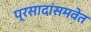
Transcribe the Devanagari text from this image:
प्रसादांसमवेत